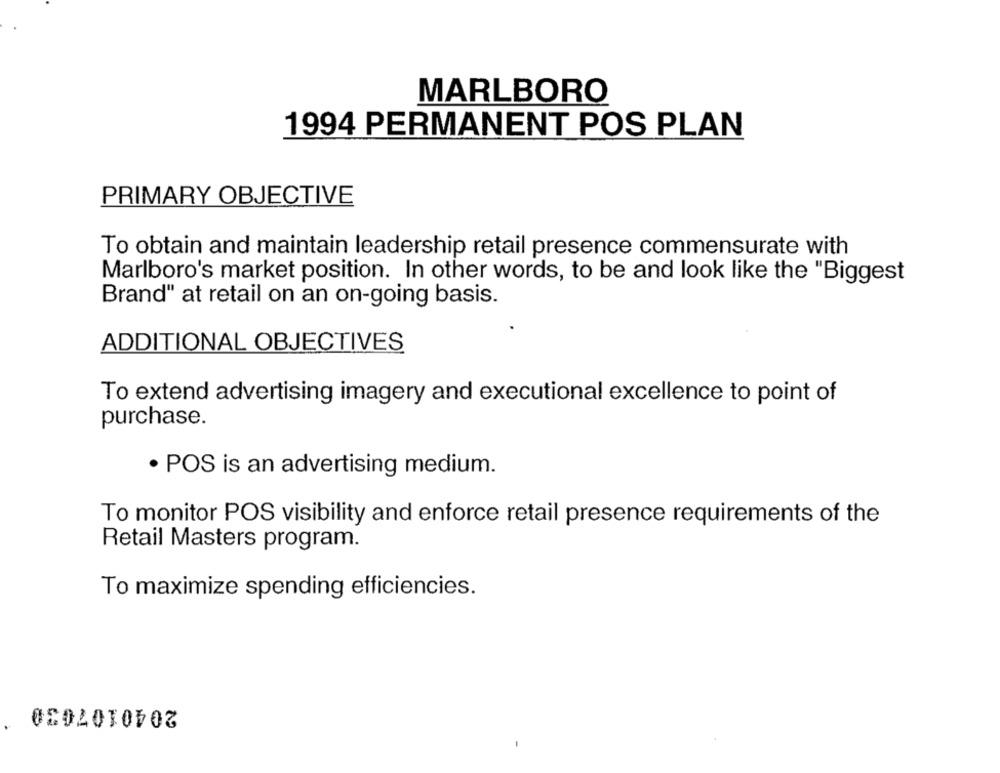
MARLBORO
1994 PERMANENT POS PLAN
PRIMARY OBJECTIVE
To obtain and maintain leadership retail presence commensurate with
Marlboro's market position. In other words, to be and look like the "Biggest
Brand" at retail on an on-going basis.
ADDITIONAL OBJECTIVES
To extend advertising imagery and executional excellence to point of
purchase.
· POS is an advertising medium.
To monitor POS visibility and enforce retail presence requirements of the
Retail Masters program.
To maximize spending efficiencies.
2040107030